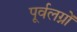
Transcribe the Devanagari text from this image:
पूर्वलग्नों